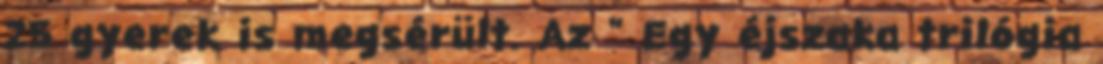
25 gyerek is megsérült. Az " Egy éjszaka trilógia